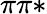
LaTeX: \pi\pi*